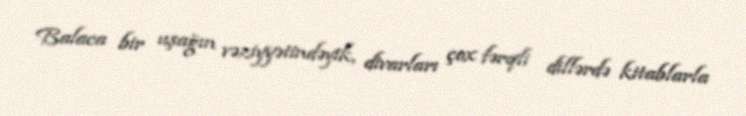
Balaca bir uşağın vəziyyətindəyik, divarları çox fərqli dillərdə kitablarla